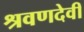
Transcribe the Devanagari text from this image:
श्रवणदेवी